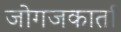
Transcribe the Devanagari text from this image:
जोगजकार्ता